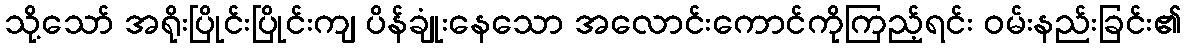
သို့သော် အရိုးပြိုင်းပြိုင်းကျ ပိန်ချုံးနေသော အလောင်းကောင်ကိုကြည့်ရင်း ဝမ်းနည်းခြင်း၏